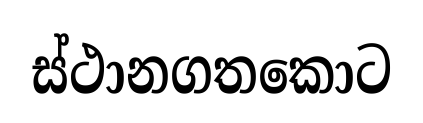
ස්ථානගතකොට